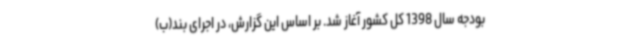
بودجه سال 1398 کل کشور آغاز شد. بر اساس این گزارش، در اجرای بند(ب)